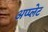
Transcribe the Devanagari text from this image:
अप्प्लेट